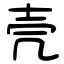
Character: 壳